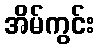
အိမ်ကွင်း